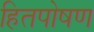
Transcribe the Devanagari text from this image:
हितपोषण